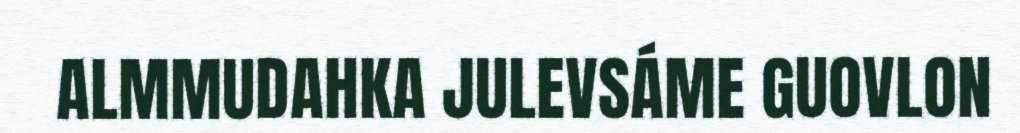
ALMMUDAHKA JULEVSÁME GUOVLON